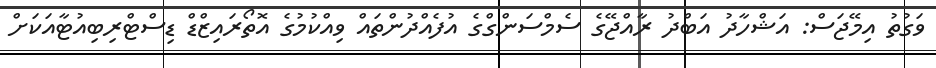
ވަގުތު އިމޭޖަސް: އަޝްހާދު އަބްދު ރާއްޖޭގެ ސެމްސަންގްގެ އުފެއްދުންތައް ވިއްކުމުގެ އޮތޯރައިޒްޑް ޑިސްޓްރިބިއުޓާއަކަށް